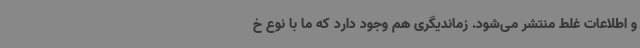
و اطلاعات غلط منتشر می‌شود. زماندیگری هم وجود دارد که ما با نوع خ